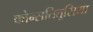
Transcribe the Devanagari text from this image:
कोन्सतितूसिया